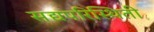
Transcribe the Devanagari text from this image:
सद्यपरिस्थिती